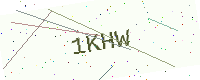
Text: 1KHW